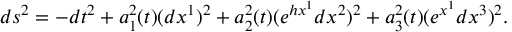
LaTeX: d s ^ { 2 } = - d t ^ { 2 } + a _ { 1 } ^ { 2 } ( t ) ( d x ^ { 1 } ) ^ { 2 } + a _ { 2 } ^ { 2 } ( t ) ( e ^ { h x ^ { 1 } } d x ^ { 2 } ) ^ { 2 } + a _ { 3 } ^ { 2 } ( t ) ( e ^ { x ^ { 1 } } d x ^ { 3 } ) ^ { 2 } .